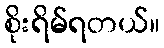
စိုးရိမ်ရတယ်။